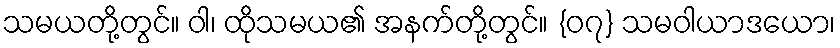
သမယတို့တွင်။ ဝါ၊ ထိုသမယ၏ အနက်တို့တွင်။ {၀၇} သမဝါယာဒယော၊